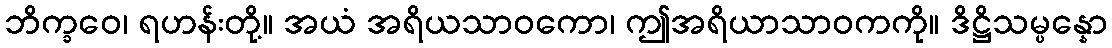
ဘိက္ခဝေ၊ ရဟန်းတို့။ အယံ အရိယသာဝကော၊ ဤအရိယာသာဝကကို။ ဒိဋ္ဌိသမ္ပန္နော